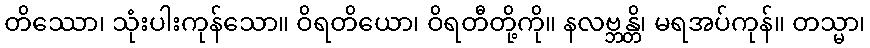
တိဿော၊ သုံးပါးကုန်သော။ ဝိရတိယော၊ ဝိရတီတို့ကို။ နလဗ္ဘန္တိ၊ မရအပ်ကုန်။ တသ္မာ၊